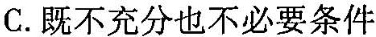
C.既不充分也不必要条件